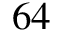
6 4